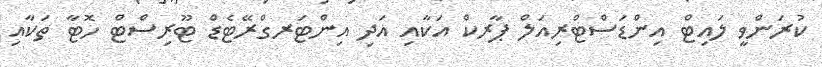
ކުރަންވީ ލައިޓް އިންޑަސްޓްރިއަލް ޕާރކް އަކާއި އަދި އިންޓަރގްރޭޓެޑް ޓޫރިސްޓް ހޮޓާ ތަކާއި